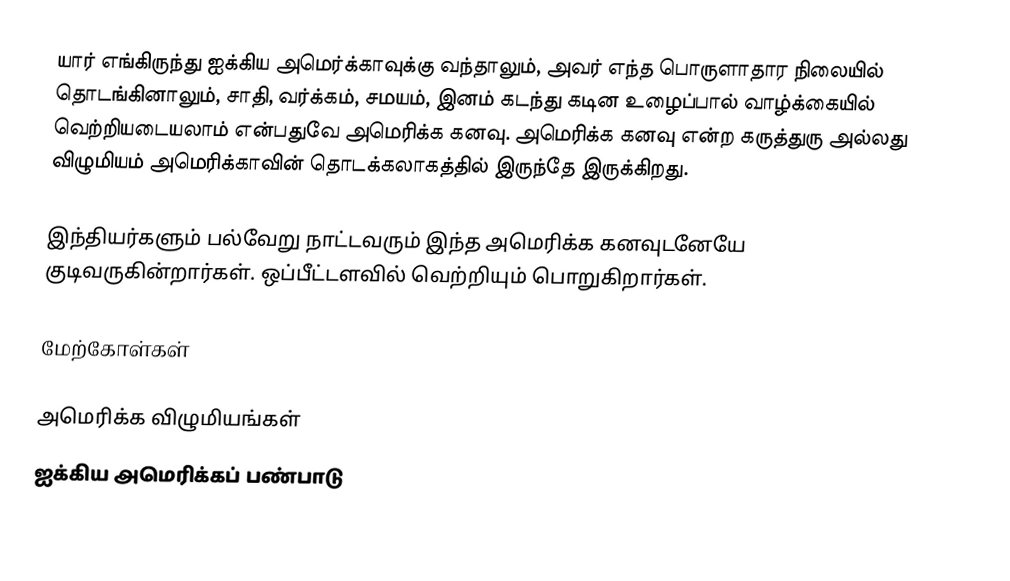
யார் எங்கிருந்து ஐக்கிய அமெர்க்காவுக்கு வந்தாலும், அவர் எந்த பொருளாதார நிலையில் தொடங்கினாலும், சாதி, வர்க்கம், சமயம், இனம் கடந்து கடின உழைப்பால் வாழ்க்கையில் வெற்றியடையலாம் என்பதுவே அமெரிக்க கனவு.  அமெரிக்க கனவு என்ற கருத்துரு அல்லது விழுமியம் அமெரிக்காவின் தொடக்கலாகத்தில் இருந்தே இருக்கிறது.

இந்தியர்களும் பல்வேறு நாட்டவரும் இந்த அமெரிக்க கனவுடனேயே குடிவருகின்றார்கள்.  ஒப்பீட்டளவில் வெற்றியும் பொறுகிறார்கள்.

மேற்கோள்கள்

அமெரிக்க விழுமியங்கள்
ஐக்கிய அமெரிக்கப் பண்பாடு